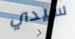
سيدي